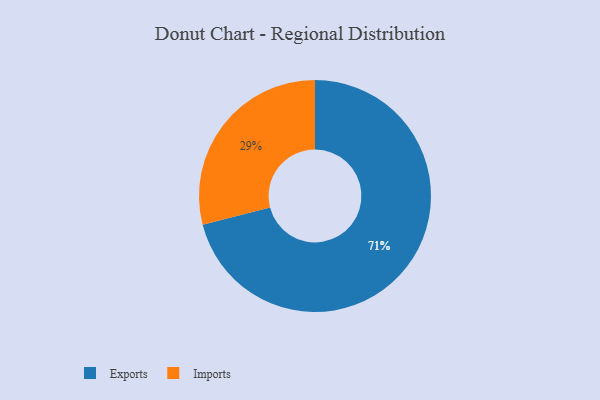
{"axis": {"x": "Category", "y": "Percentage"}, "legend": ["Exports", "Imports"], "data": [{"x": "Imports", "y": 29, "type": "Imports"}, {"x": "Exports", "y": 71, "type": "Exports"}]}